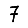
Digit: 7